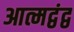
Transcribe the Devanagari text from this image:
आत्मद्वंद्व